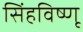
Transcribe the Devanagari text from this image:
सिंहविष्णू